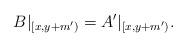
LaTeX: \begin{align*} B|_{[x,y+m')}=A'|_{[x,y+m')}. \end{align*}